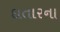
દાતારના